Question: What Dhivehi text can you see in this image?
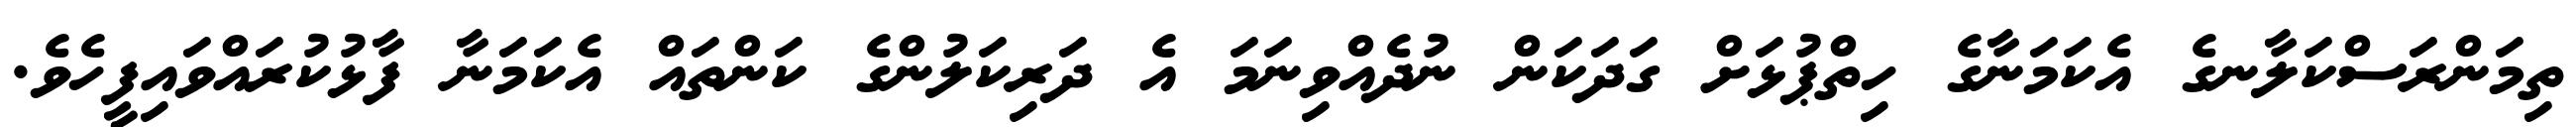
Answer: ތިމަންރަސްކަލާނގެ އެކަމަނާގެ ހިތްޕުޅަށް ގަދަކަން ނުދެއްވިނަމަ އެ ދަރިކަލުންގެ ކަންތައް އެކަމަނާ ފާޅުކުރައްވައިފީހެވެ.